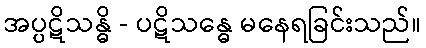
အပ္ပဋိသန္ဓိ - ပဋိသန္ဓေ မနေရခြင်းသည်။